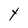
Character: Y